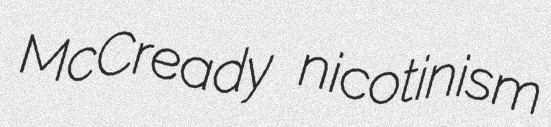
McCready nicotinism